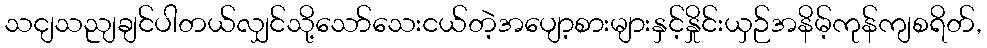
သငျသညျချင်ပါတယ်လျှင်သို့သော်သေးငယ်တဲ့အပျော့စားများနှင့်နှိုင်းယှဉ်အနိမ့်ကုန်ကျစရိတ်,